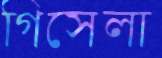
গিসেলা